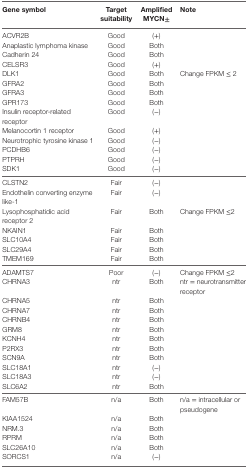
<table><thead><tr><td><b>Gene symbol</b></td><td><b>Target suitability</b></td><td><b>Amplified MYCN±</b></td><td><b>Note</b></td></tr></thead><tbody><tr><td>ACVR2B</td><td>Good</td><td>(+)</td><td></td></tr><tr><td>Anaplastic lymphoma kinase</td><td>Good</td><td>Both</td><td></td></tr><tr><td>Cadherin 24</td><td>Good</td><td>Both</td><td></td></tr><tr><td>CELSR3</td><td>Good</td><td>(+)</td><td></td></tr><tr><td>DLK1</td><td>Good</td><td>Both</td><td>Change FPKM ≤ 2</td></tr><tr><td>GFRA2</td><td>Good</td><td>Both</td><td></td></tr><tr><td>GFRA3</td><td>Good</td><td>Both</td><td></td></tr><tr><td>GPR173</td><td>Good</td><td>Both</td><td></td></tr><tr><td>Insulin receptor-related receptor</td><td>Good</td><td>(−)</td><td></td></tr><tr><td>Melanocortin 1 receptor</td><td>Good</td><td>(+)</td><td></td></tr><tr><td>Neurotrophic tyrosine kinase 1</td><td>Good</td><td>(−)</td><td></td></tr><tr><td>PCDHB6</td><td>Good</td><td>(−)</td><td></td></tr><tr><td>PTPRH</td><td>Good</td><td>(−)</td><td></td></tr><tr><td>SDK1</td><td>Good</td><td>(−)</td><td></td></tr><tr><td>CLSTN2</td><td>Fair</td><td>(−)</td><td></td></tr><tr><td>Endothelin converting enzyme like-1</td><td>Fair</td><td>(−)</td><td></td></tr><tr><td>Lysophosphatidic acid receptor 2</td><td>Fair</td><td>Both</td><td>Change FPKM ≤2</td></tr><tr><td>NKAIN1</td><td>Fair</td><td>Both</td><td></td></tr><tr><td>SLC10A4</td><td>Fair</td><td>Both</td><td></td></tr><tr><td>SLC29A4</td><td>Fair</td><td>Both</td><td></td></tr><tr><td>TMEM169</td><td>Fair</td><td>Both</td><td></td></tr><tr><td>ADAMTS7</td><td>Poor</td><td>(−)</td><td>Change FPKM ≤2</td></tr><tr><td>CHRNA3</td><td>ntr</td><td>Both</td><td>ntr = neurotransmitter receptor</td></tr><tr><td>CHRNA5</td><td>ntr</td><td>Both</td><td></td></tr><tr><td>CHRNA7</td><td>ntr</td><td>Both</td><td></td></tr><tr><td>CHRNB4</td><td>ntr</td><td>Both</td><td></td></tr><tr><td>GRM8</td><td>ntr</td><td>Both</td><td></td></tr><tr><td>KCNH4</td><td>ntr</td><td>Both</td><td></td></tr><tr><td>P2RX3</td><td>ntr</td><td>Both</td><td></td></tr><tr><td>SCN9A</td><td>ntr</td><td>Both</td><td></td></tr><tr><td>SLC18A1</td><td>ntr</td><td>(−)</td><td></td></tr><tr><td>SLC18A3</td><td>ntr</td><td>(−)</td><td></td></tr><tr><td>SLC6A2</td><td>ntr</td><td>Both</td><td></td></tr><tr><td>FAM57B</td><td>n/a</td><td>Both</td><td>n/a = intracellular or pseudogene</td></tr><tr><td>KIAA1524</td><td>n/a</td><td>Both</td><td></td></tr><tr><td>NRM.3</td><td>n/a</td><td>Both</td><td></td></tr><tr><td>RPRM</td><td>n/a</td><td>Both</td><td></td></tr><tr><td>SLC26A10</td><td>n/a</td><td>Both</td><td></td></tr><tr><td>SORCS1</td><td>n/a</td><td>(−)</td><td></td></tr></tbody></table>